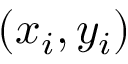
( x _ { i } , y _ { i } )